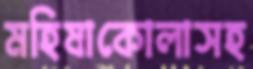
মহিষাকোলাসহ